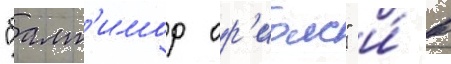
"балт'имор ор'иолс" и́ в